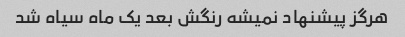
هرگز پیشنهاد نمیشه رنگش بعد یک ماه سیاه شد